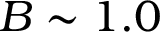
B \sim 1 . 0